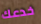
خدعك